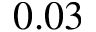
0 . 0 3